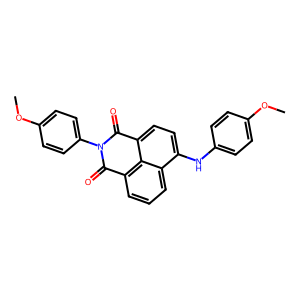
SMILES: COc1ccc(Nc2ccc3c4c(cccc24)C(=O)N(c2ccc(OC)cc2)C3=O)cc1
Inhibits HIV replication: No